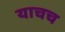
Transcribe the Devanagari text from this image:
याचच